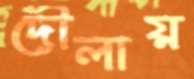
দৌলায়